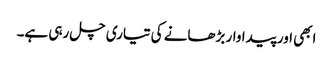
ابھی اور پیداوار بڑھانے کی تیاری چل رہی ہے۔